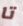
تا